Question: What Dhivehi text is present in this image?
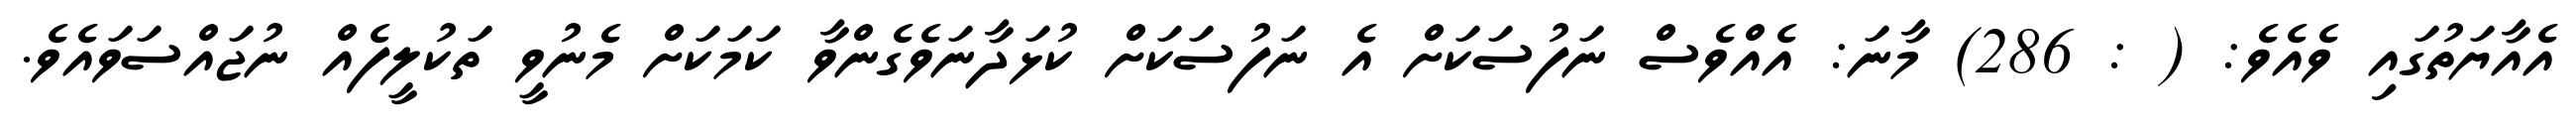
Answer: އެއާޔަތުގައި ވެއެވެ: ( : 286) މާނަ: އެއްވެސް ނަފުސަކަށް އެ ނަފުސަކަށް ކުޅަދާނަވެގެންވާ ކަމަކަށް މެނުވީ ތަކުލީފެއް ނުޖައްސަވައެވެ.